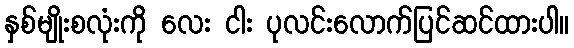
နှစ်မျိုးစလုံးကို လေး ငါး ပုလင်းလောက်ပြင်ဆင်ထားပါ။